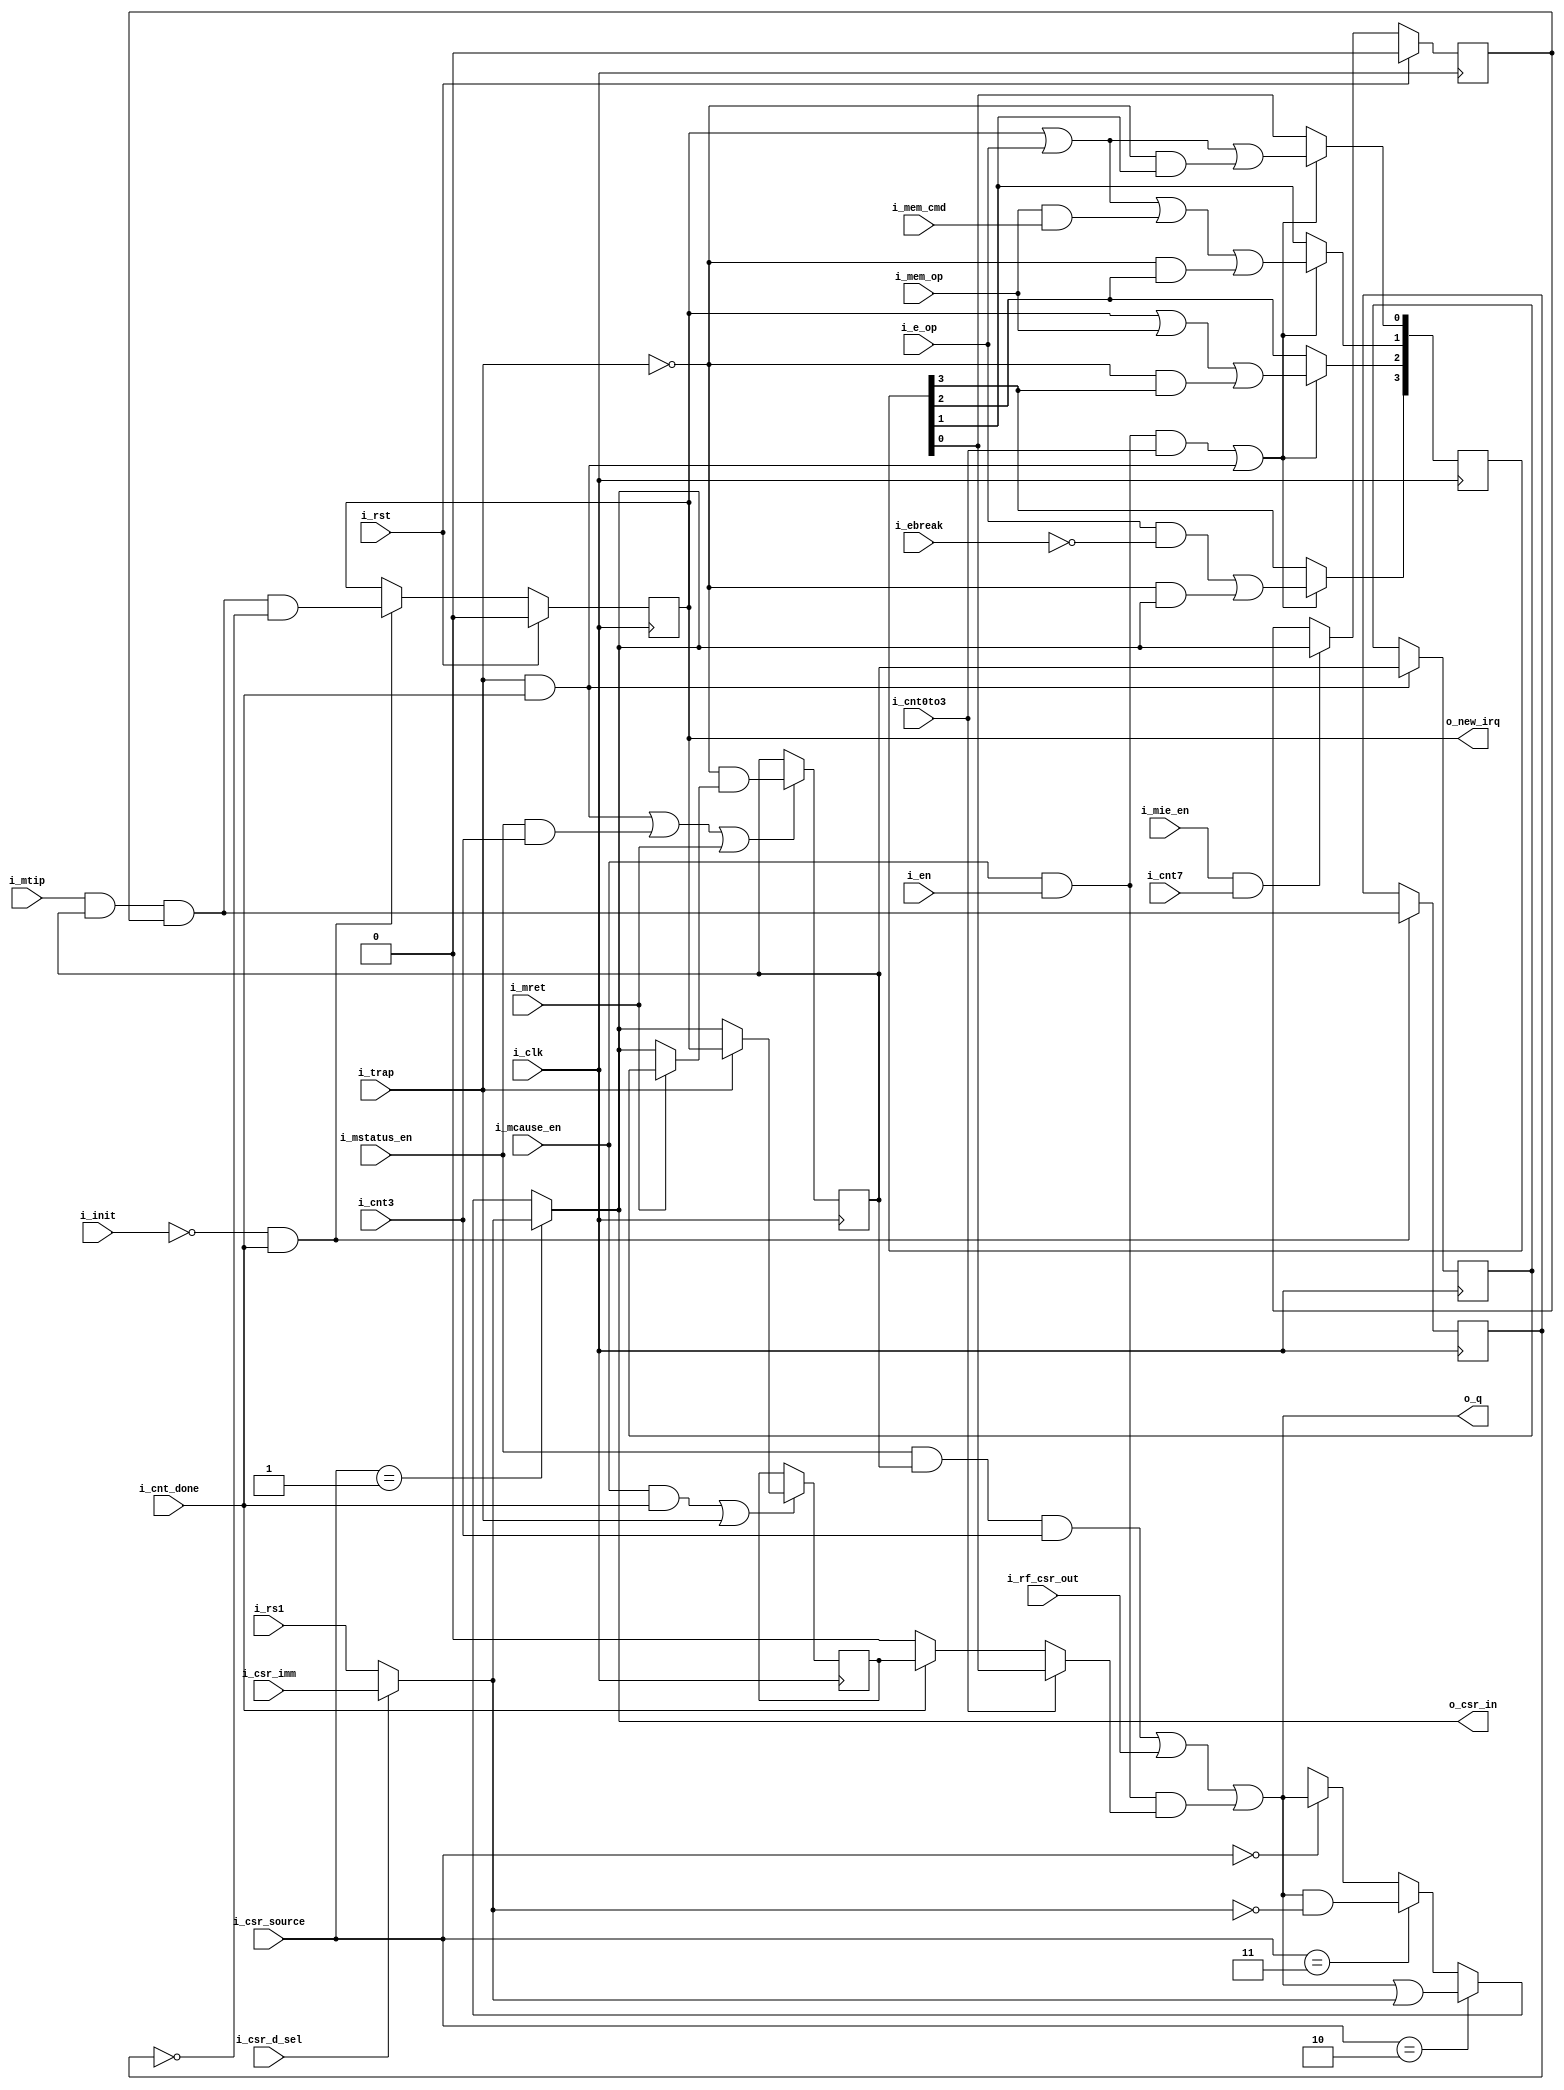
/*
ISC License

Copyright 2019, Olof Kindgren

Permission to use, copy, modify, and/or distribute this software for any purpose with or without fee is hereby granted, provided that the above copyright notice and this permission notice appear in all copies.

THE SOFTWARE IS PROVIDED "AS IS" AND THE AUTHOR DISCLAIMS ALL WARRANTIES WITH REGARD TO THIS SOFTWARE INCLUDING ALL IMPLIED WARRANTIES OF MERCHANTABILITY AND FITNESS. IN NO EVENT SHALL THE AUTHOR BE LIABLE FOR ANY SPECIAL, DIRECT, INDIRECT, OR CONSEQUENTIAL DAMAGES OR ANY DAMAGES WHATSOEVER RESULTING FROM LOSS OF USE, DATA OR PROFITS, WHETHER IN AN ACTION OF CONTRACT, NEGLIGENCE OR OTHER TORTIOUS ACTION, ARISING OUT OF OR IN CONNECTION WITH THE USE OR PERFORMANCE OF THIS SOFTWARE.

*/
`default_nettype none
module serv_csr
  #(parameter RESET_STRATEGY = "MINI")
  (
   input wire 	    i_clk,
   input wire 	    i_rst,
   //State
   input wire 	    i_init,
   input wire 	    i_en,
   input wire 	    i_cnt0to3,
   input wire 	    i_cnt3,
   input wire 	    i_cnt7,
   input wire 	    i_cnt_done,
   input wire 	    i_mem_op,
   input wire 	    i_mtip,
   input wire 	    i_trap,
   output reg 	    o_new_irq,
   //Control
   input wire 	    i_e_op,
   input wire 	    i_ebreak,
   input wire 	    i_mem_cmd,
   input wire 	    i_mstatus_en,
   input wire 	    i_mie_en,
   input wire 	    i_mcause_en,
   input wire [1:0] i_csr_source,
   input wire 	    i_mret,
   input wire 	    i_csr_d_sel,
   //Data
   input wire 	    i_rf_csr_out,
   output wire 	    o_csr_in,
   input wire 	    i_csr_imm,
   input wire 	    i_rs1,
   output wire 	    o_q);

   localparam [1:0]
     CSR_SOURCE_CSR = 2'b00,
     CSR_SOURCE_EXT = 2'b01,
     CSR_SOURCE_SET = 2'b10,
     CSR_SOURCE_CLR = 2'b11;

   reg 		    mstatus_mie;
   reg 		    mstatus_mpie;
   reg 		    mie_mtie;

   reg 		mcause31;
   reg [3:0] 	mcause3_0;
   wire 	mcause;

   wire 	csr_in;
   wire 	csr_out;

   reg 		timer_irq_r;

   wire 	d = i_csr_d_sel ? i_csr_imm : i_rs1;

   assign csr_in = (i_csr_source == CSR_SOURCE_EXT) ? d :
		   (i_csr_source == CSR_SOURCE_SET) ? csr_out | d :
		   (i_csr_source == CSR_SOURCE_CLR) ? csr_out & ~d :
		   (i_csr_source == CSR_SOURCE_CSR) ? csr_out :
		   1'bx;

   assign csr_out = (i_mstatus_en & mstatus_mie & i_cnt3) |
		    i_rf_csr_out |
		    (i_mcause_en & i_en & mcause);

   assign o_q = csr_out;

   wire 	timer_irq = i_mtip & mstatus_mie & mie_mtie;

   assign mcause = i_cnt0to3 ? mcause3_0[0] : //[3:0]
		   i_cnt_done ? mcause31 //[31]
		   : 1'b0;

   assign o_csr_in = csr_in;

   always @(posedge i_clk) begin
      if (!i_init & i_cnt_done) begin
	 timer_irq_r <= timer_irq;
	 o_new_irq   <= timer_irq & !timer_irq_r;
      end

      if (i_mie_en & i_cnt7)
	mie_mtie <= csr_in;

      /*
       The mie bit in mstatus gets updated under three conditions

       When a trap is taken, the bit is cleared
       During an mret instruction, the bit is restored from mpie
       During a mstatus CSR access instruction it's assigned when
        bit 3 gets updated

       These conditions are all mutually exclusibe
       */
      if ((i_trap & i_cnt_done) | i_mstatus_en & i_cnt3 | i_mret)
	mstatus_mie <= !i_trap & (i_mret ?  mstatus_mpie : csr_in);

      /*
       Note: To save resources mstatus_mpie (mstatus bit 7) is not
       readable or writable from sw
       */
      if (i_trap & i_cnt_done)
	mstatus_mpie <= mstatus_mie;

      /*
       The four lowest bits in mcause hold the exception code

       These bits get updated under three conditions

       During an mcause CSR access function, they are assigned when
       bits 0 to 3 gets updated

       During an external interrupt the exception code is set to
       7, since SERV only support timer interrupts

       During an exception, the exception code is assigned to indicate
       if it was caused by an ebreak instruction (3),
       ecall instruction (11), misaligned load (4), misaligned store (6)
       or misaligned jump (0)

       The expressions below are derived from the following truth table
       irq  => 0111 (timer=7)
       e_op => x011 (ebreak=3, ecall=11)
       mem  => 01x0 (store=6, load=4)
       ctrl => 0000 (jump=0)
       */
      if (i_mcause_en & i_en & i_cnt0to3 | (i_trap & i_cnt_done)) begin
	 mcause3_0[3] <= (i_e_op & !i_ebreak) | (!i_trap & csr_in);
	 mcause3_0[2] <= o_new_irq | i_mem_op | (!i_trap & mcause3_0[3]);
	 mcause3_0[1] <= o_new_irq | i_e_op | (i_mem_op & i_mem_cmd) | (!i_trap & mcause3_0[2]);
	 mcause3_0[0] <= o_new_irq | i_e_op | (!i_trap & mcause3_0[1]);
      end
      if (i_mcause_en & i_cnt_done | i_trap)
	mcause31 <= i_trap ? o_new_irq : csr_in;
      if (i_rst)
	if (RESET_STRATEGY != "NONE")begin
	  o_new_irq <= 1'b0;
	  mie_mtie <= 1'b0;
	end

   end

endmodule